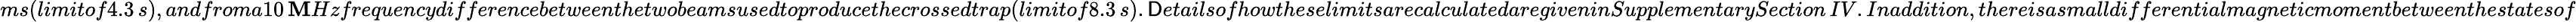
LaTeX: ms(limitof4.3\, s),andfroma10\, \mathbf{M}Hzfrequencydifferencebetweenthetwobeamsusedtoproducethecrossedtrap(limitof8.3\, s).\mathsf{D}etailsofhowtheselimitsarecalculatedaregiveninSupplementarySection\, IV.Inaddition,thereisasmalldifferentialmagneticmomentbetweenthestatesof